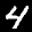
Label: 4